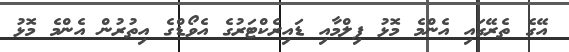
އޭގެ ތެރޭގައި އެންމެ މޮޅު ފިލްމާއި ޑައިރެކްޓަރުގެ އެވޯޑްގެ އިތުރުން އެންމެ މޮޅު